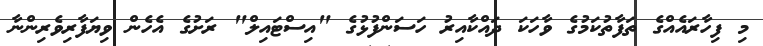
މި ފިހާރައެއްގެ ތަފާތުކަމުގެ ވާހަކަ ދައްކާއިރު ހަސަންފުޅުގެ "އިސްޓައިލް" ރަށުގެ އެހެން ވިޔަފާރިވެރިންނާ